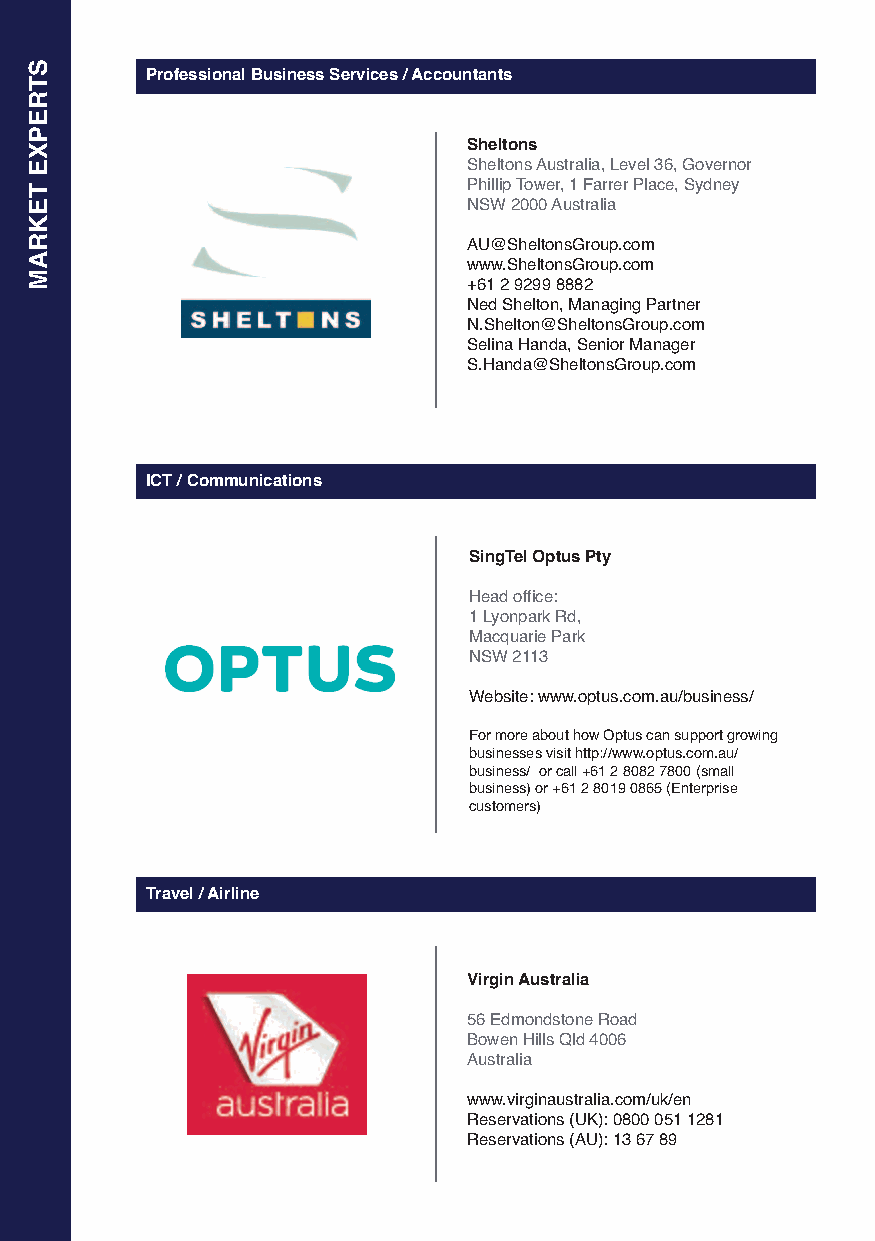
Professional Business Services / Accountants
 Sheltons
 Sheltons Australia, Level 36, Governor
 Phillip Tower, 1 Farrer Place, Sydney
 NSW 2000 Australia
 AU@SheltonsGroup.com
 www.SheltonsGroup.com
 +61 2 9299 8882
 Ned Shelton, Managing Partner
 N.Shelton@SheltonsGroup.com
 Selina Handa, Senior Manager
 S.Handa@SheltonsGroup.com
 ICT / Communications
 SingTel Optus Pty
 Head office:
 1 Lyonpark Rd,
 Macquarie Park
 NSW 2113
 Website: www.optus.com.au/business/
 For more about how Optus can support growing
 businesses visit http://www.optus.com.au/
 business/ or call +61 2 8082 7800 (small
 business) or +61 2 8019 0865 (Enterprise
 customers)
 Travel / Airline
 Virgin Australia
 56 Edmondstone Road
 Bowen Hills Qld 4006
 Australia
 www.virginaustralia.com/uk/en
 Reservations (UK): 0800 051 1281
 Reservations (AU): 13 67 89
 STREPxE
 TEKRAM